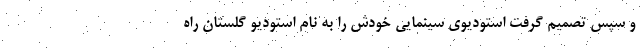
و سپس تصمیم گرفت استودیوی سینمایی خودش را به نام استودیو گلستان راه